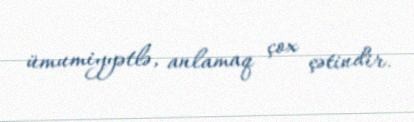
ümumiyyətlə, anlamaq çox çətindir.